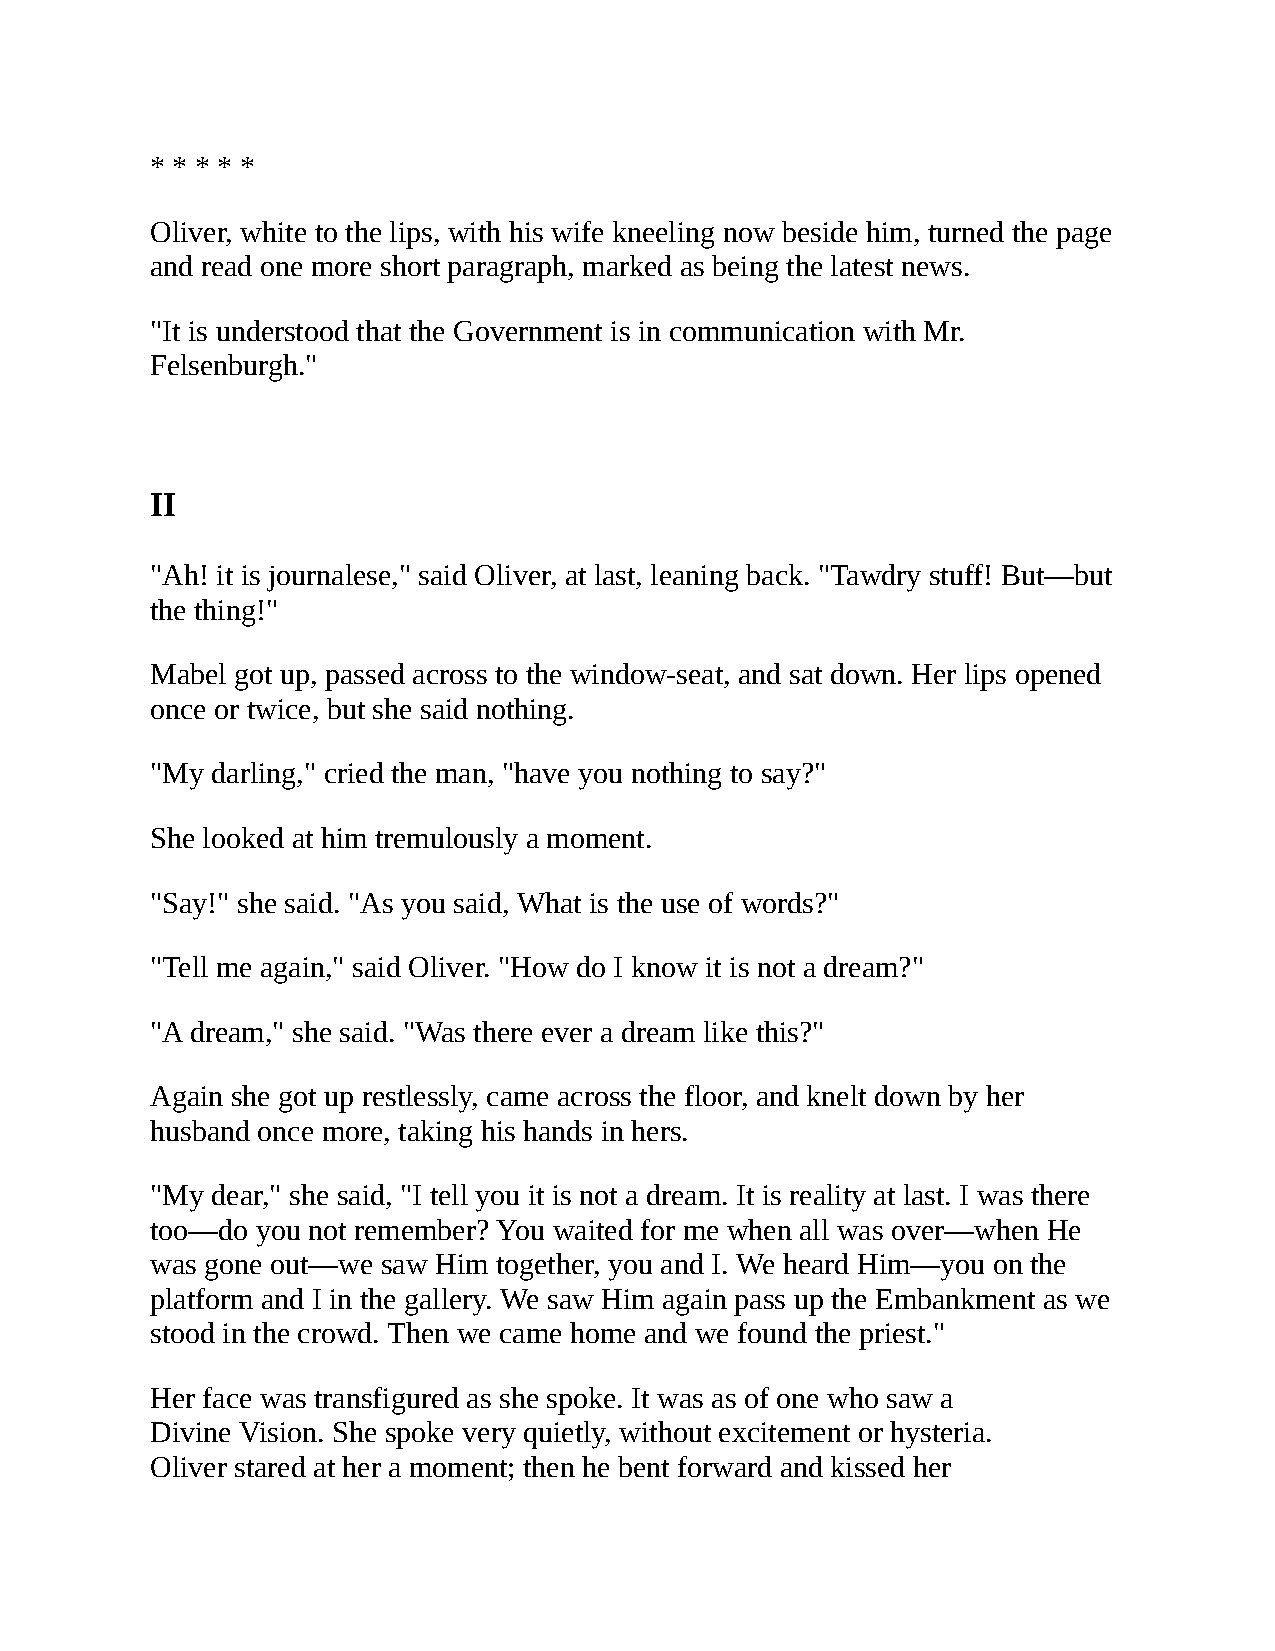
* * * * *
 Oliver, white to the lips, with his wife kneeling now beside him, turned the page
 and read one more short paragraph, marked as being the latest news.
 "It is understood that the Government is in communication with Mr.
 Felsenburgh."
 II
 "Ah! it is journalese," said Oliver, at last, leaning back. "Tawdry stuff! But—but
 the thing!"
 Mabel got up, passed across to the window-seat, and sat down. Her lips opened
 once or twice, but she said nothing.
 "My darling," cried the man, "have you nothing to say?"
 She looked at him tremulously a moment.
 "Say!" she said. "As you said, What is the use of words?"
 "Tell me again," said Oliver. "How do I know it is not a dream?"
 "A dream," she said. "Was there ever a dream like this?"
 Again she got up restlessly, came across the floor, and knelt down by her
 husband once more, taking his hands in hers.
 "My dear," she said, "I tell you it is not a dream. It is reality at last. I was there
 too—do you not remember? You waited for me when all was over—when He
 was gone out—we saw Him together, you and I. We heard Him—you on the
 platform and I in the gallery. We saw Him again pass up the Embankment as we
 stood in the crowd. Then we came home and we found the priest."
 Her face was transfigured as she spoke. It was as of one who saw a
 Divine Vision. She spoke very quietly, without excitement or hysteria.
 Oliver stared at her a moment; then he bent forward and kissed her